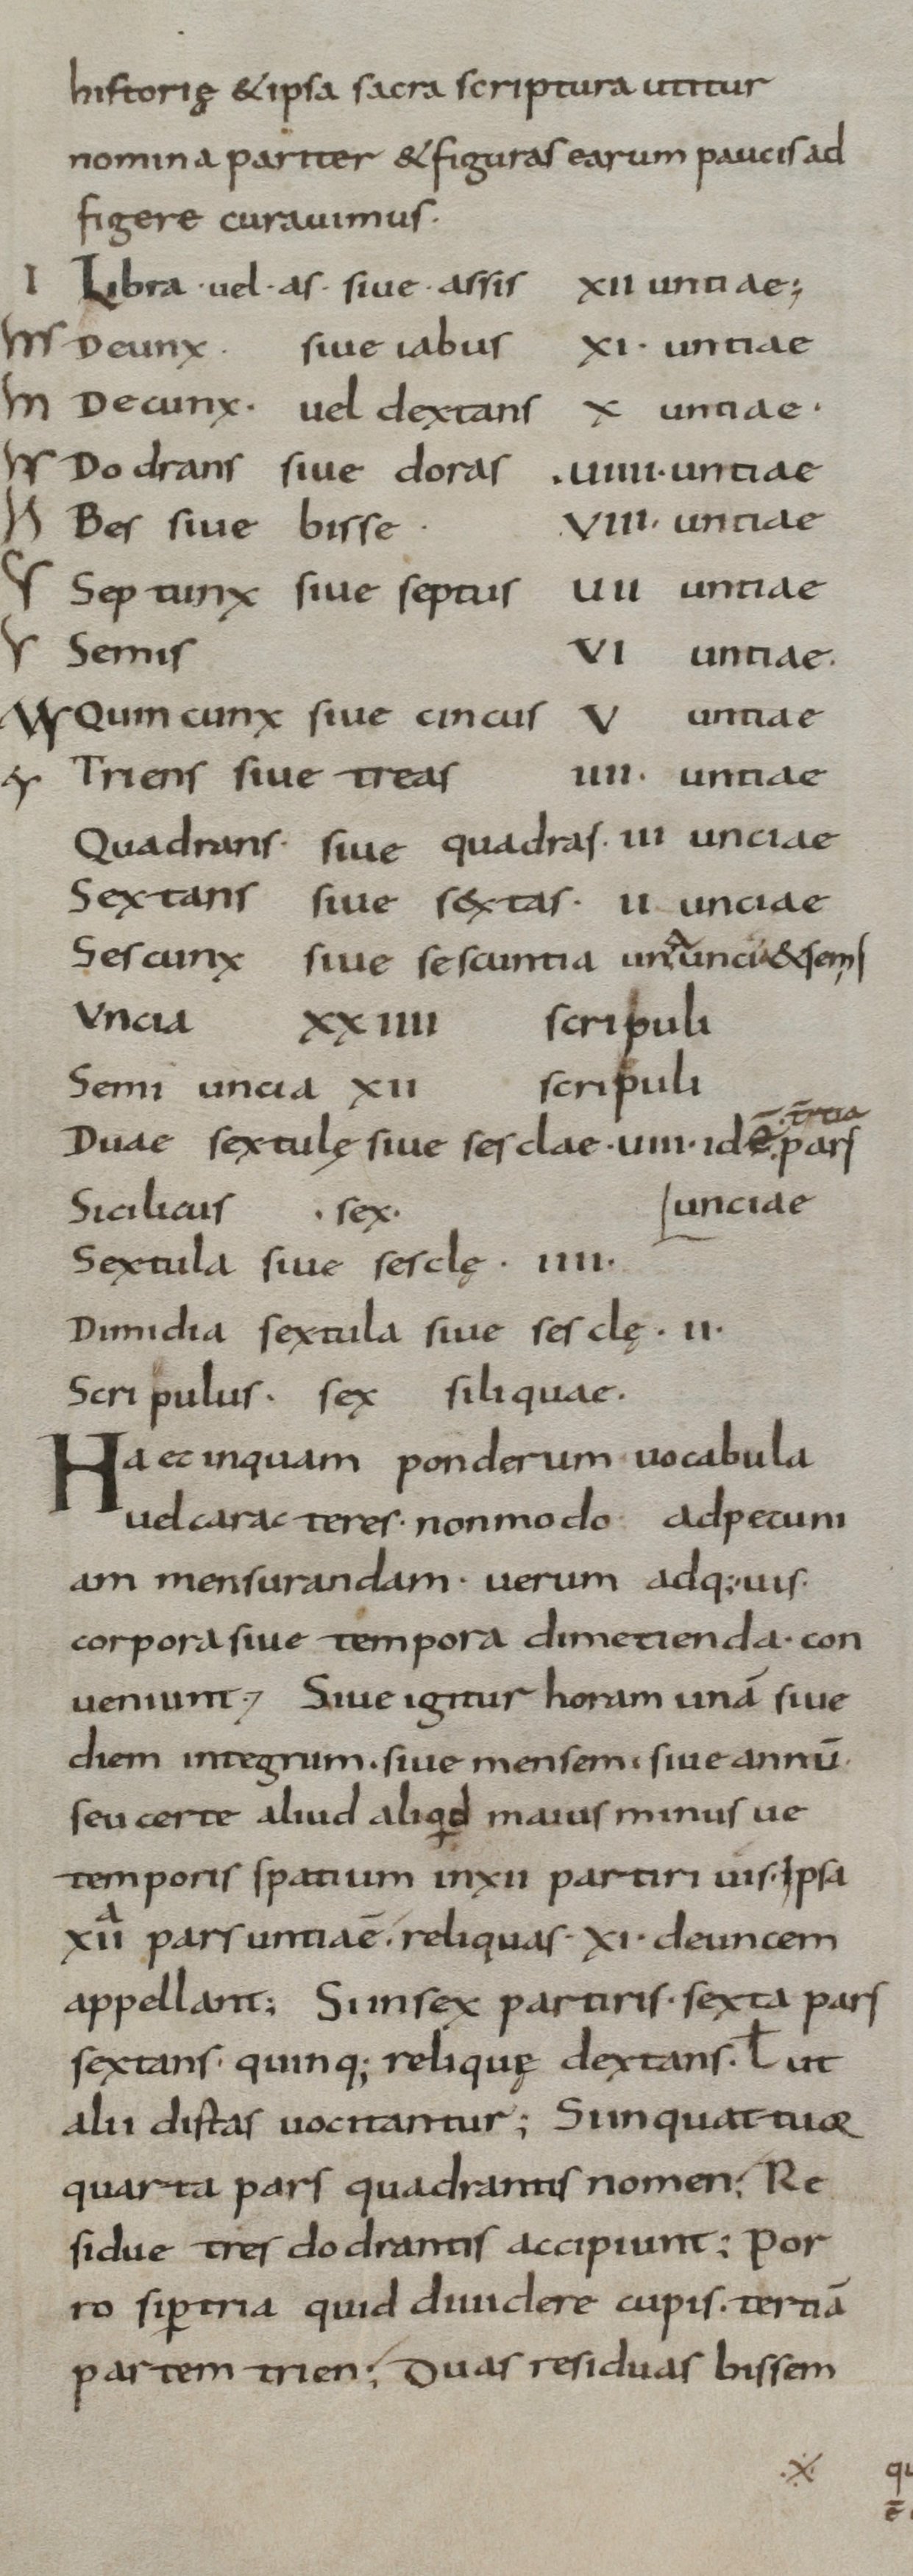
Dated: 800–899